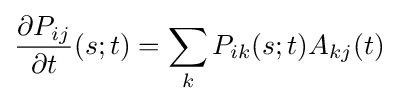
{\frac {\partial P_{ij}}{\partial t}}(s;t)=\sum _{k}P_{ik}(s;t)A_{kj}(t)